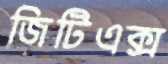
জিটিএক্স